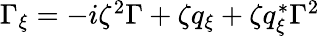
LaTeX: \begin{array}{r}{\Gamma_{\xi}=-i\zeta^{2}\Gamma+\zeta q_{\xi}+\zeta q_{\xi}^{*}\Gamma^{2}}\end{array}